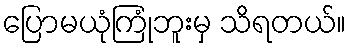
ပြောမယုံကြုံဘူးမှ သိရတယ်။